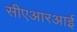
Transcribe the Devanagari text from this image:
सीएआरआई